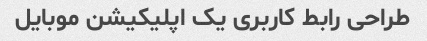
طراحی رابط کاربری یک اپلیکیشن موبایل